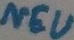
Text: NEU